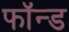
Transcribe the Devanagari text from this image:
फॉन्ड